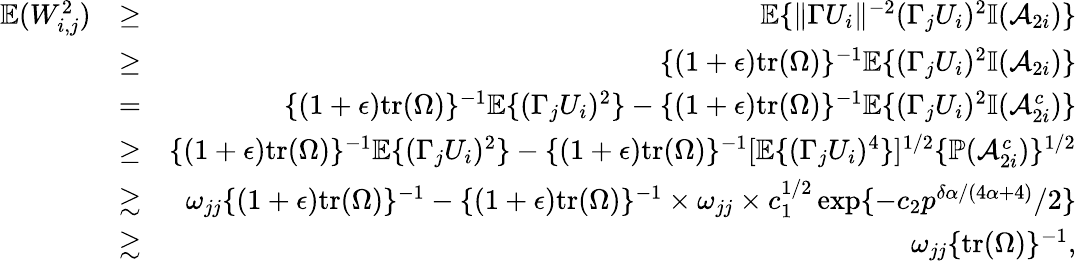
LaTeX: \begin{array}{rlr}{{\mathbb{E}}(W_{i,j}^{2})}&{\geq}&{{\mathbb{E}}\{ \| \Gamma U_{i}\| ^{-2}(\Gamma_{j}U_{i})^{2}{\mathbb{I}}(\mathcal{A}_{2i})\} }\\ &{\geq}&{\{ (1+\epsilon)\mathrm{tr}(\Omega)\} ^{-1}{\mathbb{E}}\{ (\Gamma_{j}U_{i})^{2}{\mathbb{I}}(\mathcal{A}_{2i})\} }\\ &{=}&{\{ (1+\epsilon)\mathrm{tr}(\Omega)\} ^{-1}{\mathbb{E}}\{ (\Gamma_{j}U_{i})^{2}\} -\{ (1+\epsilon)\mathrm{tr}(\Omega)\} ^{-1}{\mathbb{E}}\{ (\Gamma_{j}U_{i})^{2}{\mathbb{I}}(\mathcal{A}_{2i}^{c})\} }\\ &{\geq}&{\{ (1+\epsilon)\mathrm{tr}(\Omega)\} ^{-1}{\mathbb{E}}\{ (\Gamma_{j}U_{i})^{2}\} -\{ (1+\epsilon)\mathrm{tr}(\Omega)\} ^{-1}[{\mathbb{E}}\{ (\Gamma_{j}U_{i})^{4}\} ]^{1/2}\{ {\mathbb{P}}(\mathcal{A}_{2i}^{c})\} ^{1/2}}\\ &{\gtrsim}&{\omega_{jj}\{ (1+\epsilon)\mathrm{tr}(\Omega)\} ^{-1}-\{ (1+\epsilon)\mathrm{tr}(\Omega)\} ^{-1}\times\omega_{jj}\times c_{1}^{1/2}\exp\{ -c_{2}p^{\delta\alpha/(4\alpha+4)}/2\} }\\ &{\gtrsim}&{\omega_{jj}\{ \mathrm{tr}(\Omega)\} ^{-1},}\end{array}